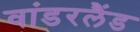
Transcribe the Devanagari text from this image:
वांडरलैंड